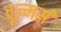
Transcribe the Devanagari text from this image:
वूल्मर्स